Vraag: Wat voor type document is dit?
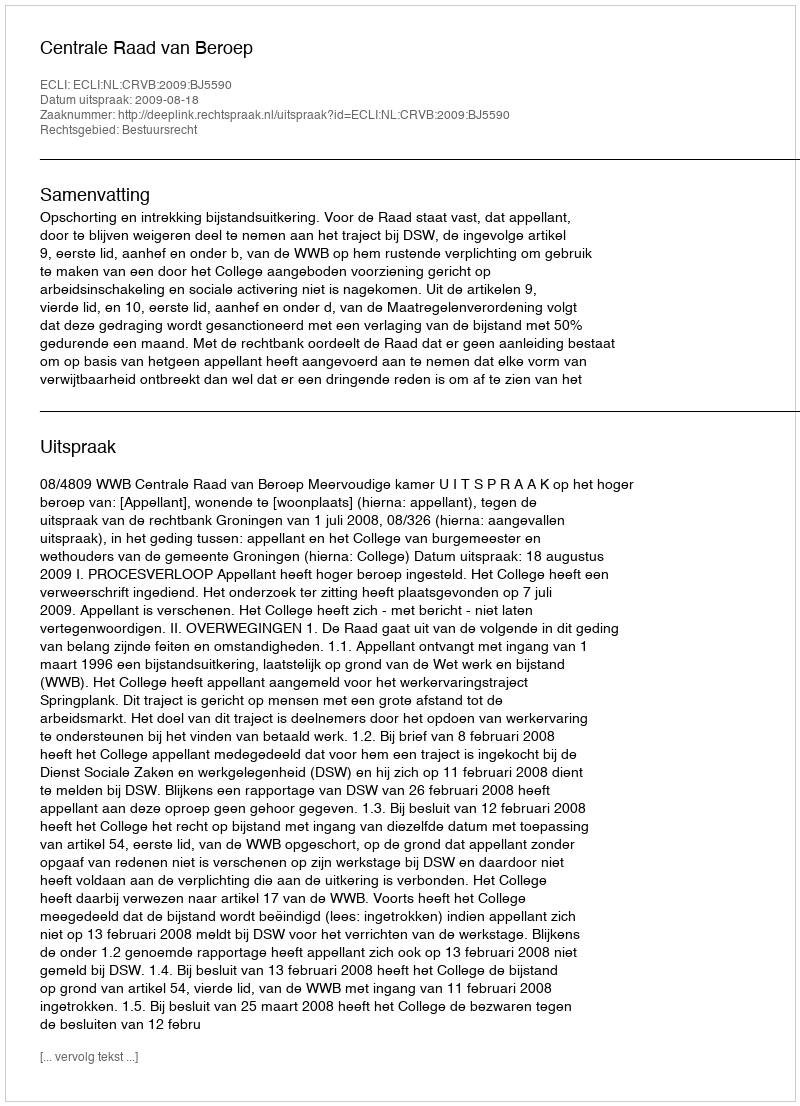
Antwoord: Uitspraak